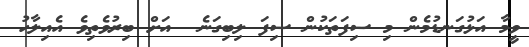
ވީމާ އަޅުގަނޑުމެން މި ސިފަތަކުން ސިފަ ލިބިގަނެ  އަށް ބިރުވެތިވެ އެއިލާހު